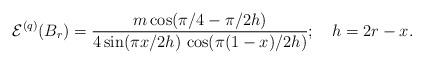
LaTeX: \begin{align*}\mathcal{E}^{(q)}(B_{r})=\frac{m\cos (\pi /4-\pi /2h)}{4\sin (\pi x/2h)\,\cos(\pi (1-x)/2h)};\quad h=2r-x. \end{align*}